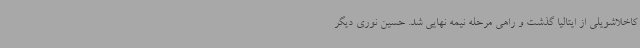
کاخلاشویلی از ایتالیا گذشت و راهی مرحله نیمه نهایی شد. حسین نوری دیگر